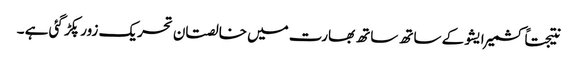
نتیجتاً کشمیر ایشو کے ساتھ ساتھ بھارت میں خالصتان تحریک زور پکڑ گئی ہے ۔